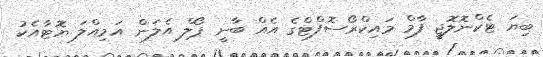
ބިޔަ ޓެކްނޮލޮޖީ ފާމް މައިކްރޯސޮފްޓްގެ އެއް ބާނީ ޕޯލް އެލަން އަމިއްލަ ޔޮޓާއެކު